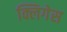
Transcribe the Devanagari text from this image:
क्लिगेस